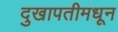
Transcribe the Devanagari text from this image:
दुखापतीमधून